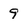
Character: 9